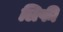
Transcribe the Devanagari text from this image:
लिफी